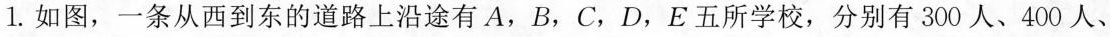
1.如图，一条从西到东的道路上沿途有A，B，C，D，E五所学校，分别有300人、400人、